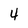
Character: 4